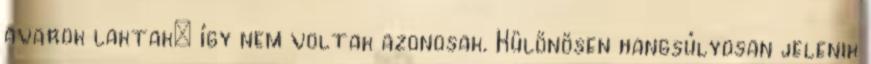
avarok laktak; így nem voltak azonosak. Különösen hangsúlyosan jelenik